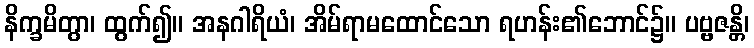
နိက္ခမိတွာ၊ ထွက်၍။ အနဂါရိယံ၊ အိမ်ရာမထောင်သော ရဟန်း၏ဘောင်၌။ ပဗ္ဗဇန္တိ၊